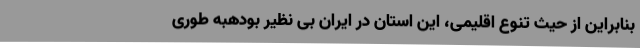
بنابراین از حیث تنوع اقلیمی، این استان در ایران بی نظیر بودهبه طوری